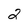
Character: 2